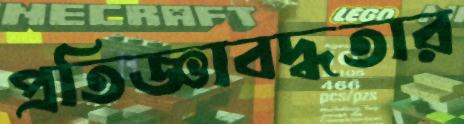
প্রতিজ্ঞাবদ্ধতার